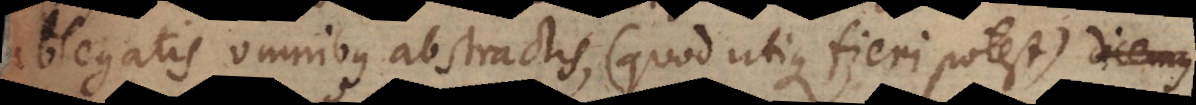
ablegatis omnibus abstractis (quod utique fieri potest), dicemus